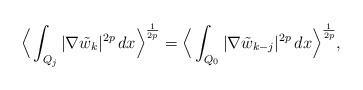
LaTeX: \begin{align*}\Big \langle \int_{Q_j} |\nabla \tilde w_k|^{2p} \,dx \Big \rangle^{\frac{1}{2p}} = \Big \langle \int_{Q_0} |\nabla \tilde w_{k-j}|^{2p} \,dx \Big \rangle^{\frac{1}{2p}},\end{align*}